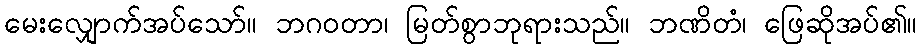
မေးလျှောက်အပ်သော်။ ဘဂဝတာ၊ မြတ်စွာဘုရားသည်။ ဘဏိတံ၊ ဖြေဆိုအပ်၏။